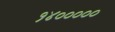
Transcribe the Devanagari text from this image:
१४०००००